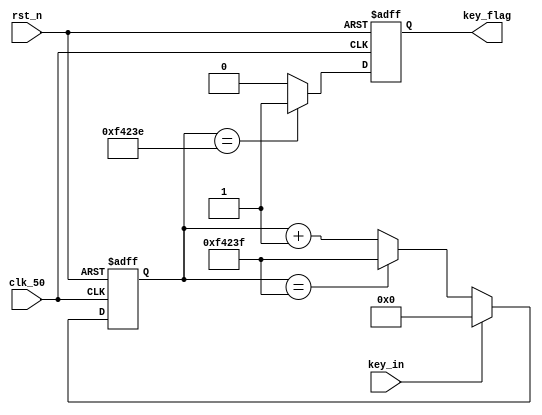
module key_debounce
#(
    parameter cnt_MAX = 20'd999999  //20ms
)
 (
    input wire clk_50,
    input wire rst_n,
    input wire key_in,

    output reg key_flag
);
    reg [19:0] cnt_20ms;
 

//
always @(posedge clk_50 or negedge rst_n) begin
    if (!rst_n) begin
        cnt_20ms <= 1'd0;
    end else if (key_in == 1'b1) begin
        cnt_20ms <=1'b0;
    end else if (cnt_20ms == cnt_MAX) begin
        cnt_20ms <= cnt_MAX;
    end else 
        cnt_20ms <= cnt_20ms +1'b1;
end

//key_flag
always @(posedge clk_50 or negedge rst_n) begin
    if (!rst_n) begin
        key_flag <= 1'b0;
    end else if (cnt_20ms == cnt_MAX-1'b1) begin
        key_flag <= 1'b1;
    end else 
        key_flag <= 1'b0;
end

//key_flag 

    
endmodule